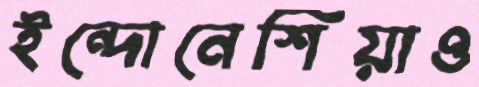
ইন্দোনেশিয়াও